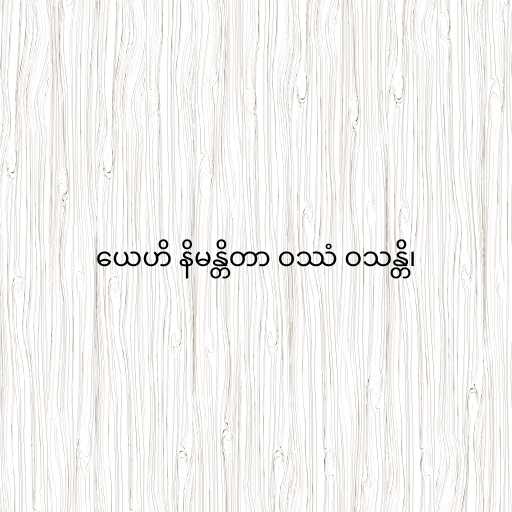
ယေဟိ နိမန္တိတာ ဝဿံ ဝသန္တိ၊